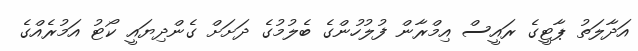
އަދާލަތު ޕާޓީގެ ރައީސް އިމްރާން ފުލުހުންގެ ބެލުމުގެ ދަށަށް ގެންދިޔައީ ކޯޓު އަމުރެއްގެ